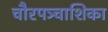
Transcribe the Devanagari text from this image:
चौरपञ्चाशिका